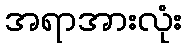
အရာအားလုံး